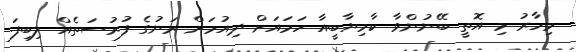
މިހާރު މި އޮތީ ބޭނުންވާ ކާމިޔާބީއާ ހަމައަށް ދިއުމަށް ރަނުގެ ފުރުސަތެއް ލިބިފަ.